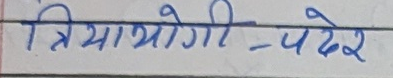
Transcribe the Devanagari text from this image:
त्रियायोगी - पदेर